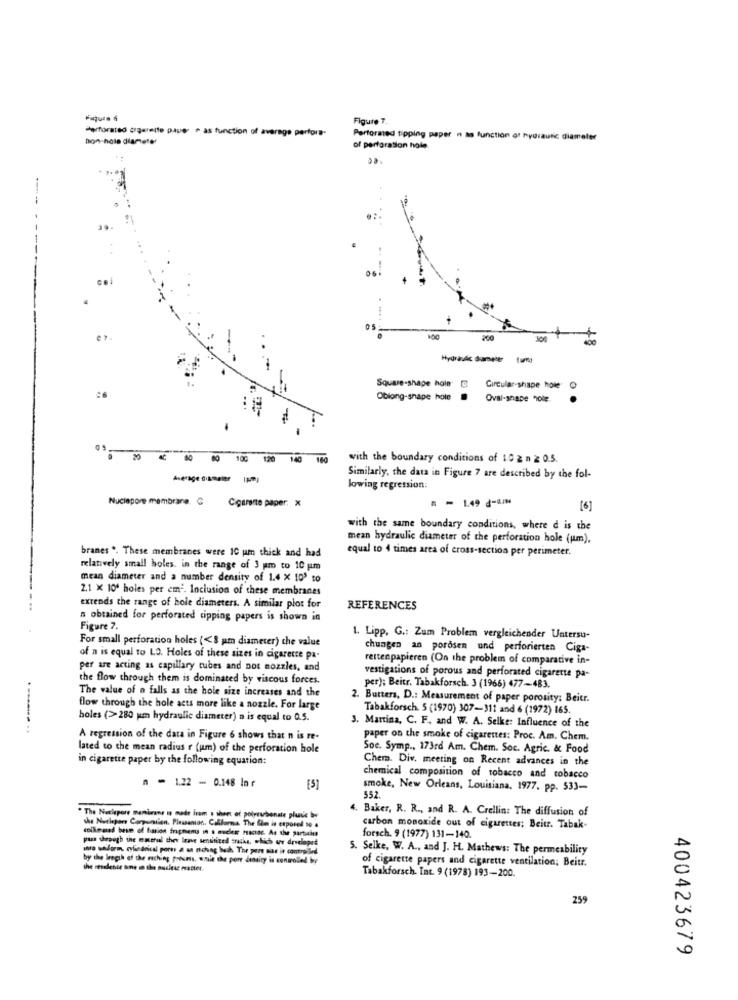
Figure 7.
Perforated cigarette paper e as function of average perfora-
non-hola diameter
Perforated tipping paper n as function of hydraulic diameter
of perforation hale
06
ce
05
100
100
Hydraulic dameter
Square-shape hole
Circular-shape howe
Oblong-shape hole
00 100 120 140 160
with the boundary conditions of 10 2 n 2 0.5.
Similarly, the data in Figure 7 are described by the fol-
lowing regression:
Nuciepore membrane. C
Cigarante paper. X
= - 1.49 ₫-a/N
[6]
with the same boundary conditions, where d is the
mean hydraulic diameter of the perforation hole (um).
equal to 4 times area of cross-section per perimeter.
branes *. These membranes were 10 um thick and had
relatively small holes. in the range of 3 pm to 10 um
mean diameter and a number density of 1.4 X 100 to
2.1 x 100 holes per em2. Inclusion of these membranes
extends the range of hole diameters. A similar plot for
REFERENCES
n obtained for perforated tipping papers is shown in
Figure 7.
For small perforation holes (<8 pm diameter) the value
1. Lipp, G .: Zum Problem vergleichender Untersu-
chungen an porosen und perforierten Ciga-
of n is equal to LO. Holes of these sizes in cigarette pa-
rettenpapieren (On the problem of comparative in-
per are acting as capillary tubes and not nozzles, and
the flow through them is dominated by viscous forces.
vestigations of porous and perforated cigarette pa-
The value of n falls as the hole size increases and the
per); Beitr. Tabakforsch. 3 (1966) 477-483.
2. Butters, D .: Measurement of paper porosity: Beitr.
flow through the hole acts more like a nozzle. For large
Tabakforsch. 5 (1970) 307-311 and 6 (1972) 165.
holes (>280 um hydraulic diameter) a is equal to 0.5.
.----. ..
3. Martina, C. F. and W. A. Selke: Influence of the
A regression of the data in Figure 6 shows that n is re-
paper on the smoke of cigarettes: Proc. Am. Chem.
lated to the mean radius r (um) of the perforation hole
Soc. Symp ., 173rd Am. Chem. Soc. Agric. & Food
in cigarette paper by the following equation:
Chem. Div, meeting on Recent advances in the
chemical composition of tobacco and tobacco
n = 1,22 - 0.148 la ť
smoke, New Orleans, Louisiana, 1977. pp. 533-
552.
4. Baker, R. R ., and R. A. Crellin: The diffusion of
* The Necipore menbrane is made Iram a shoe et polycarbonate pluie by
the Nurlepor Compumilan. Pleasanton. Callforma The Im is exposed to .
carbon monoxide out of cigarettes; Beitr. Tabak-
pass through the mmerul thee Irme sensitized snacks, which we developed
forsch. 9 (1977) 131-140.
mno uhform, cylindrical porn a an rohung beih. The pere siae is controlled
5. Selke, W. A ., and J. H. Mathews: The permeability
by the Bragth of the caching porsms, wnie the port density is controlled by
the resalente one in the pudiese matter.
of cigarette papers and cigarette ventilation; Beitr.
Tabakforsch. Int. 9 (1978) 193-200.
259
400423679